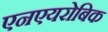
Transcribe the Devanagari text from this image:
एनएयरोबिक